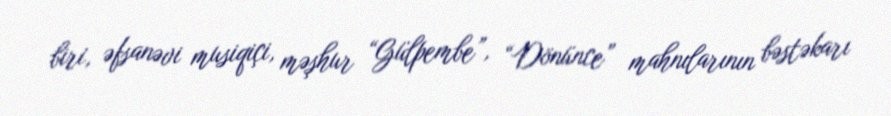
biri, əfsanəvi musiqiçi, məşhur “Gülpembe”, “Dönünce” mahnılarının bəstəkarı